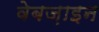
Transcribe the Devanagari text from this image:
वेबज़ाइन